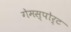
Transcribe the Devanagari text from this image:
गेमस्पोर्ट